Scottish Certificate of Education, 1962
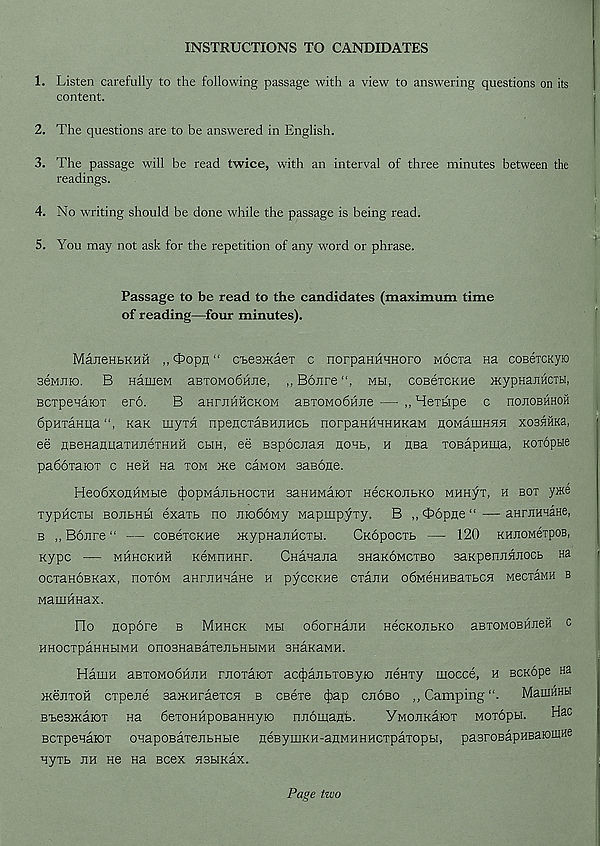
INSTRUCTIONS TO CANDIDATES
1. Listen carefully to the following passage with a view to answering questions on its
content.
2. The questions are to be answered in English.
3. The passage will be read twice, with an interval of three minutes between the
readings.
4. No writing should be done while the passage is being read.
5. You may not ask for the repetition of any word or phrase.
Passage to be read to the candidates (maximum time
of reading—four minutes).
ManeHbKHH ,, Oopn “ c'besjKaex c norpaHHanoro wocia Ha coBercKyra
aeMJiio. B HameM aBTOMobniie, ,, B6.nre“, mh, coBexcKHe jKypHaJiHCTbi,
BCTpenatOT ero.
B anrnwHCKOM aBTOMobHJie — ,, Merbipe c hojiobhhoh
6pHTaHua“, Kan uiyTH npencxaBHjiHCb norpaHHHHHKaM noMauiHHH xosHHKa,
ee HBeHajmaxHnexHHH cbih, ee Bapocnan ughb, h usa xoBapHiga, Koxopue
paboxatox c Heft Ha xom Hte caMOM aaBooe.
Heo6xoflHMbie ^opManbHocxH aaHHMaiox HecKOiibKO MHHyx, h box yxte
xypHCXbi BOUbHbi exaxb no nioboMy wapinpyxy. B ,, Oopne “ — aHrnHaane,
b ,, BoJire “ — coBexcKHe HtypHanHCXbi.
CKopocxb —- 120 khjiomgtpob,
Kypc — mhhckhh KGMnHHr.
CnaHajia anaKOMCxso aaKpennnuocb Ha
ocxanoBKax, ooxom aHrnHHaHe h pyccKHe cxanH obMeHHBaxbcn MecxaMH b
MatuHHax.
Ho nopore b Mhhck mbi obornajiH HecKonbKO aBxoMOBHJieH c
HHoexpaHHbiMH onoaHaBaxejibHbiMH anaKaMH.
HamH aBxoMobHJiH rnoxaiox ac^anbxoByto JieHxy mocce, h BCKope Ha
>KejixoH cxpene aantHraexcH b csexe cj^ap cjiobo ,, Camping “.
MauiHHH
BbeaHtaiox Ha 6exoHHpoBaHHyio nnomagb.
YMOJiKaiox Moxopu.
Hac
scxpenaiox onapoBaxejibHbie neByniKH-attMHHHCxpaxopbi, paaroBapHBatofflHe
nyxb jth ne Ha Bcex nabiKax.
Page two